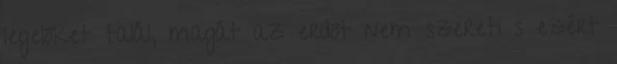
legelőket talál, magát az erdőt nem szereti s ezért